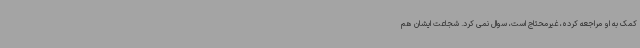
کمک به او مراجعه کرده، غیرمحتاج است، سوال نمی کرد. شجاعت ایشان هم